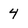
Character: 4